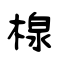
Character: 楾